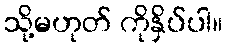
သို့မဟုတ် ကိုနှိပ်ပါ။